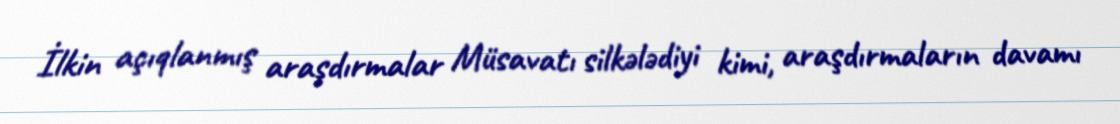
İlkin açıqlanmış araşdırmalar Müsavatı silkələdiyi kimi, araşdırmaların davamı